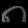
Digit: ၈